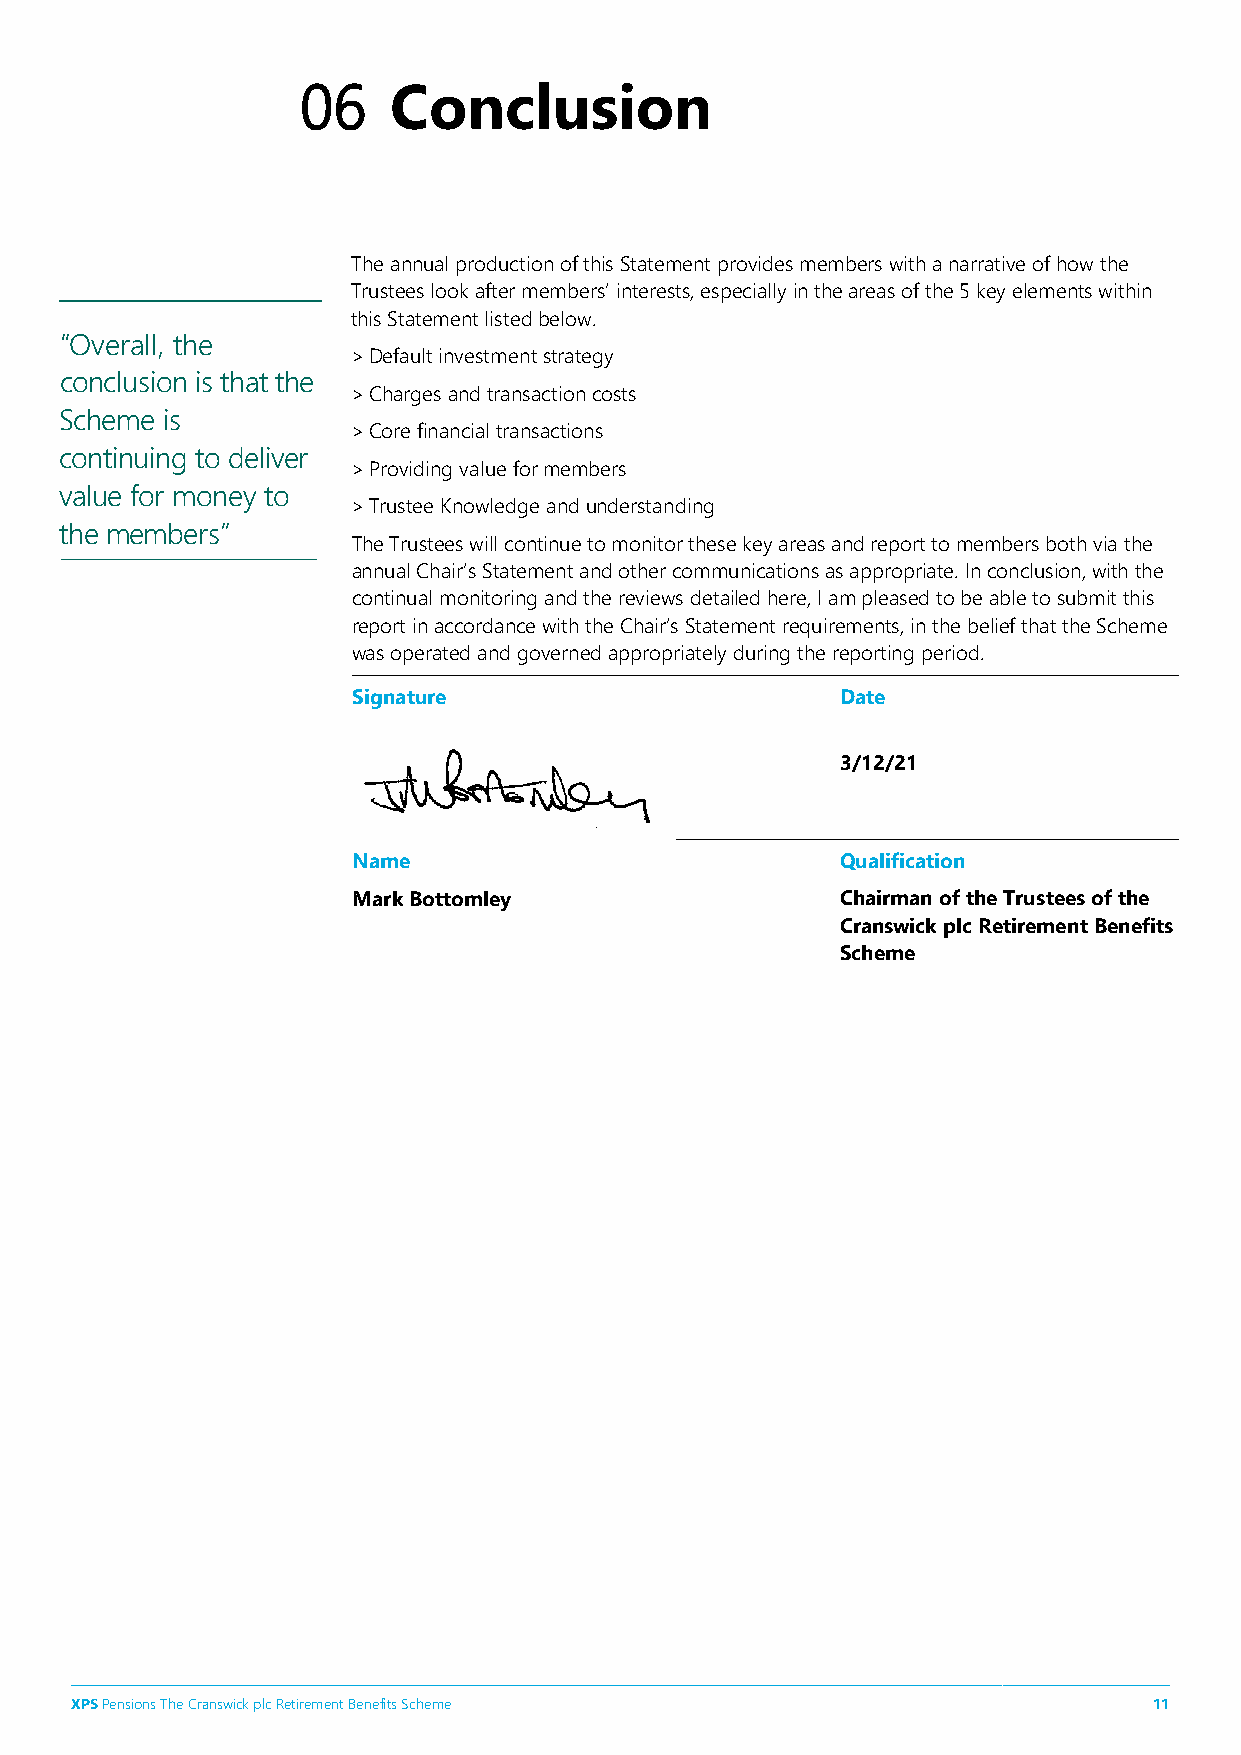
06    Conclusion
 The annual production of this Statement provides members with a narrative of how the
 Trustees look after members’ interests, especially in the areas of the 5 key elements within
 this Statement listed below.
 “Overall, the
 > Default investment strategy
 conclusion is that the
 > Charges and transaction costs
 Scheme is
 > Core financial transactions
 continuing to deliver
 > Providing value for members
 value for money to
 > Trustee Knowledge and understanding
 the members”
 The Trustees will continue to monitor these key areas and report to members both via the
 annual Chair’s Statement and other communications as appropriate. In conclusion, with the
 continual monitoring and the reviews detailed here, I am pleased to be able to submit this
 report in accordance with the Chair’s Statement requirements, in the belief that the Scheme
 was operated and governed appropriately during the reporting period.
 Signature                        Date
 3/12/21
 Name                             Qualification
 Mark Bottomley                   Chairman of the Trustees of the
 Cranswick plc Retirement Benefits
 Scheme
 XPS Pensions The Cranswick plc Retirement Benefits Scheme              11